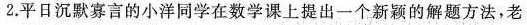
2.平日沉默寡言的小洋同学在数学课上提出一个新颖的解题方法，老